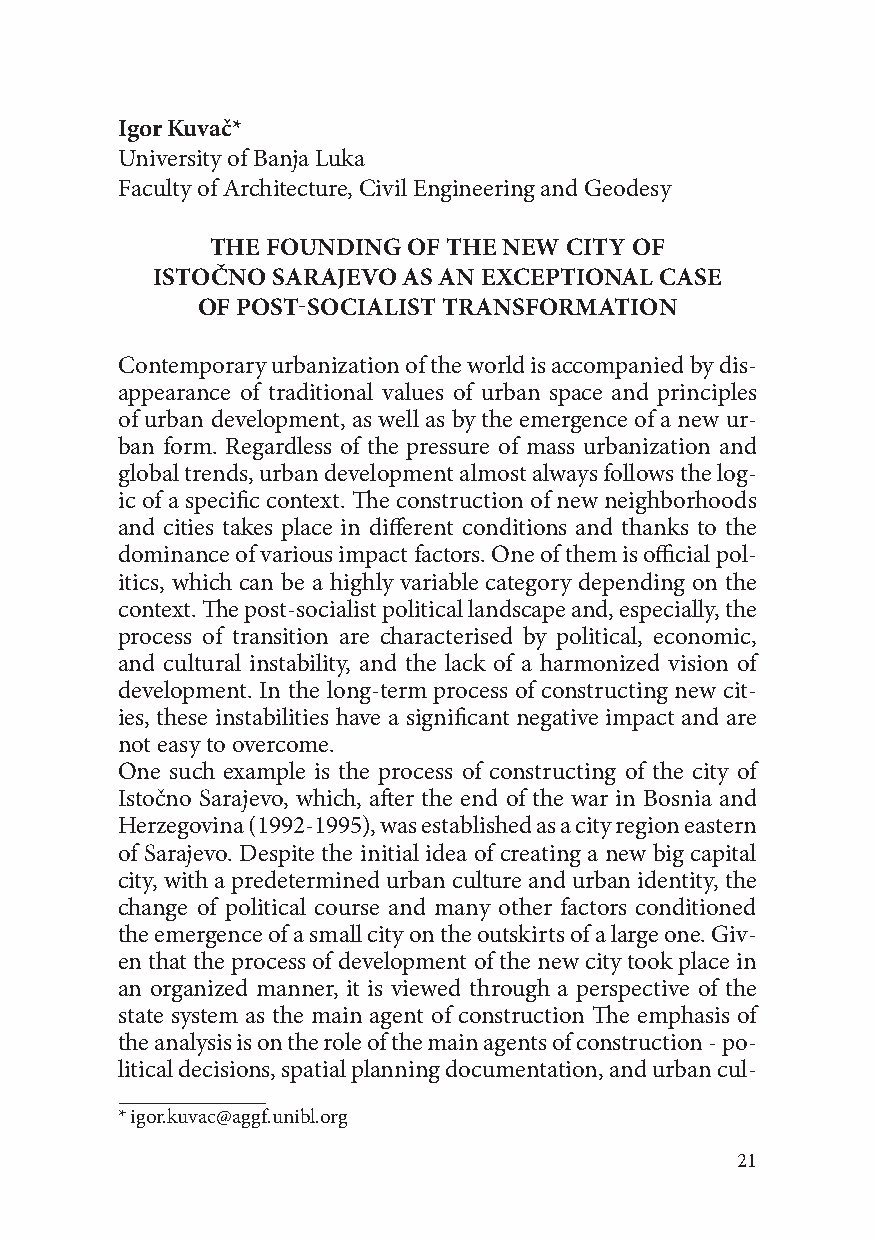
Igor Kuvač*
 University of Banja Luka
 Faculty of Architecture, Civil Engineering and Geodesy
 THE FOUNDING OF THE NEW CITY OF
 ISTOČNO SARAJEVO AS AN EXCEPTIONAL CASE
 OF POST-SOCIALIST TRANSFORMATION
 Contemporary urbanization of the world is accompanied by dis-
 appearance of traditional values of urban space and principles
 of urban development, as well as by the emergence of a new ur-
 ban form. Regardless of the pressure of mass urbanization and
 global trends, urban development almost always follows the log-
 ic of a specific context. The construction of new neighborhoods
 and cities takes place in different conditions and thanks to the
 dominance of various impact factors. One of them is official pol-
 itics, which can be a highly variable category depending on the
 context. The post-socialist political landscape and, especially, the
 process of transition are characterised by political, economic,
 and cultural instability, and the lack of a harmonized vision of
 development. In the long-term process of constructing new cit-
 ies, these instabilities have a significant negative impact and are
 not easy to overcome.
 One such example is the process of constructing of the city of
 Istočno Sarajevo, which, after the end of the war in Bosnia and
 Herzegovina (1992-1995), was established as a city region eastern
 of Sarajevo. Despite the initial idea of creating a new big capital
 city, with a predetermined urban culture and urban identity, the
 change of political course and many other factors conditioned
 the emergence of a small city on the outskirts of a large one. Giv-
 en that the process of development of the new city took place in
 an organized manner, it is viewed through a perspective of the
 state system as the main agent of construction The emphasis of
 the analysis is on the role of the main agents of construction - po-
 litical decisions, spatial planning documentation, and urban cul-
 * igor.kuvac@aggf.unibl.org
 21